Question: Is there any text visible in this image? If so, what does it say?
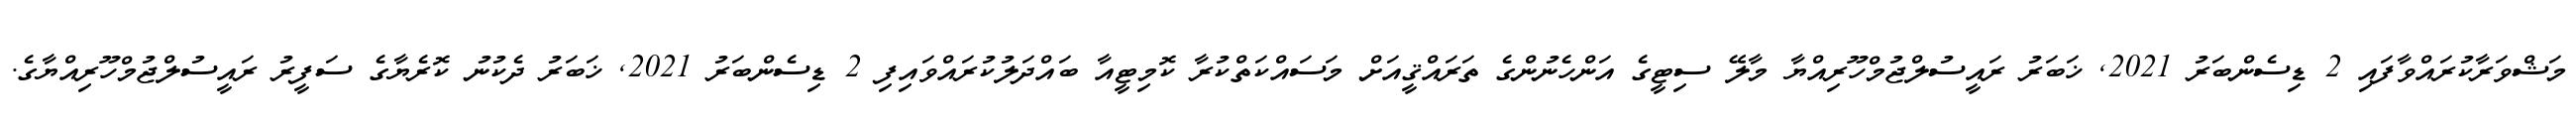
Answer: މަޝްވަރާކުރައްވާފައި 2 ޑިސެންބަރު 2021, ޚަބަރު ރައީސުލްޖުމްހޫރިއްޔާ މާލޭ ސިޓީގެ އަންހެނުންގެ ތަރައްޤީއަށް މަސައްކަތްކުރާ ކޮމިޓީއާ ބައްދަލުކުރައްވައިފި 2 ޑިސެންބަރު 2021, ޚަބަރު ދެކުނު ކޮރެޔާގެ ސަފީރު ރައީސުލްޖުމްހޫރިއްޔާގެ.